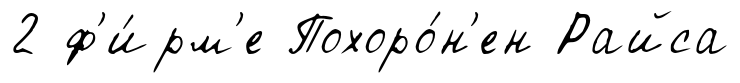
2 ф'и́рм'е Похоро́н'ен Райса